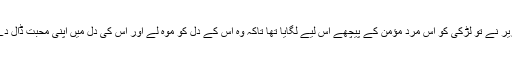
وزیر نے تو لڑکی کو اس مرد مؤمن کے پیچھے اس لیے لگایا تھا تاکہ وہ اس کے دل کو موہ لے اور اس کی دل میں اپنی محبت ڈال دے ۔